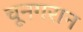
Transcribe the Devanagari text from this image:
चूनगरान